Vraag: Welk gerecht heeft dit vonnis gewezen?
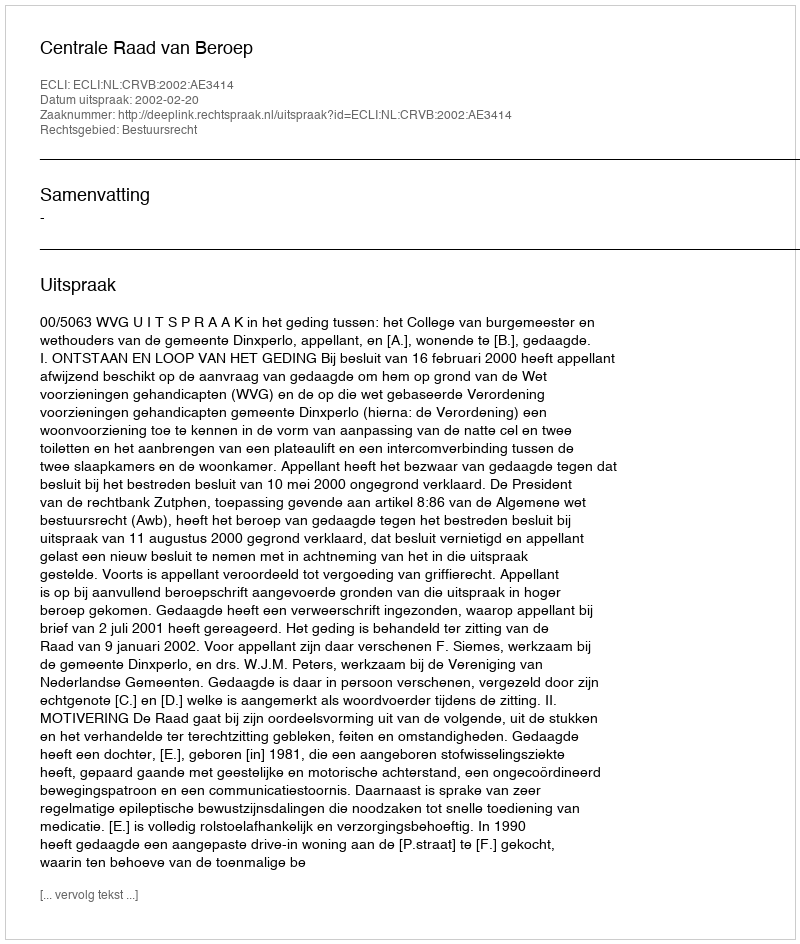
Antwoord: Centrale Raad van Beroep